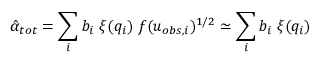
\hat { \alpha } _ { t o t } = \sum _ { i } b _ { i } \; \xi ( q _ { i } ) \; f ( u _ { o b s , i } ) ^ { 1 / 2 } \simeq \sum _ { i } b _ { i } \; \xi ( q _ { i } )